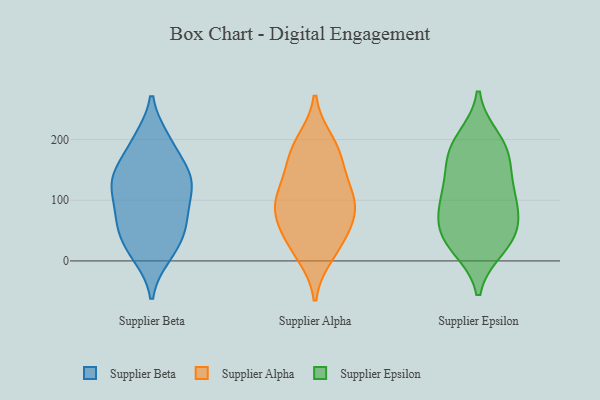
{"axis": {"x": "Operating Costs (USD K)", "y": "Value"}, "legend": ["Supplier Alpha", "Supplier Beta", "Supplier Epsilon"], "data": [{"x": "", "y": 133, "type": "Supplier Beta"}, {"x": "", "y": 121, "type": "Supplier Beta"}, {"x": "", "y": 133, "type": "Supplier Beta"}, {"x": "", "y": 82, "type": "Supplier Beta"}, {"x": "", "y": 43, "type": "Supplier Beta"}, {"x": "", "y": 195, "type": "Supplier Beta"}, {"x": "", "y": 66, "type": "Supplier Beta"}, {"x": "", "y": 199, "type": "Supplier Beta"}, {"x": "", "y": 20, "type": "Supplier Beta"}, {"x": "", "y": 10, "type": "Supplier Beta"}, {"x": "", "y": 68, "type": "Supplier Beta"}, {"x": "", "y": 132, "type": "Supplier Beta"}, {"x": "", "y": 150, "type": "Supplier Beta"}, {"x": "", "y": 43, "type": "Supplier Alpha"}, {"x": "", "y": 171, "type": "Supplier Alpha"}, {"x": "", "y": 195, "type": "Supplier Alpha"}, {"x": "", "y": 12, "type": "Supplier Alpha"}, {"x": "", "y": 104, "type": "Supplier Alpha"}, {"x": "", "y": 84, "type": "Supplier Alpha"}, {"x": "", "y": 137, "type": "Supplier Alpha"}, {"x": "", "y": 106, "type": "Supplier Alpha"}, {"x": "", "y": 27, "type": "Supplier Alpha"}, {"x": "", "y": 180, "type": "Supplier Alpha"}, {"x": "", "y": 72, "type": "Supplier Alpha"}, {"x": "", "y": 88, "type": "Supplier Alpha"}, {"x": "", "y": 101, "type": "Supplier Epsilon"}, {"x": "", "y": 173, "type": "Supplier Epsilon"}, {"x": "", "y": 42, "type": "Supplier Epsilon"}, {"x": "", "y": 200, "type": "Supplier Epsilon"}, {"x": "", "y": 29, "type": "Supplier Epsilon"}, {"x": "", "y": 113, "type": "Supplier Epsilon"}, {"x": "", "y": 187, "type": "Supplier Epsilon"}, {"x": "", "y": 126, "type": "Supplier Epsilon"}, {"x": "", "y": 68, "type": "Supplier Epsilon"}, {"x": "", "y": 48, "type": "Supplier Epsilon"}, {"x": "", "y": 23, "type": "Supplier Epsilon"}, {"x": "", "y": 88, "type": "Supplier Epsilon"}, {"x": "", "y": 171, "type": "Supplier Epsilon"}]}